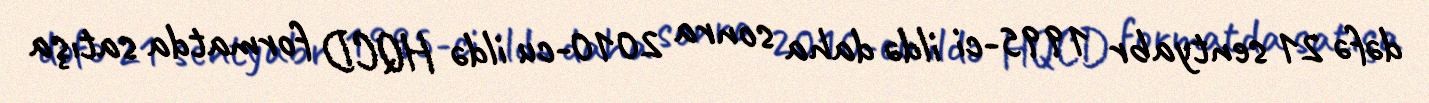
dəfə 21 sentyabr 1995-ci ildə daha sonra 2010-cu ildə HQCD formatda satışa